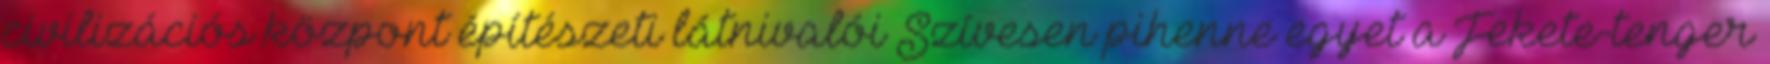
civilizációs központ építészeti látnivalói Szívesen pihenne egyet a Fekete-tenger